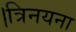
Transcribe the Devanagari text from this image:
।त्रिनयना